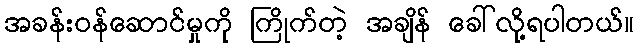
အခန်းဝန်ဆောင်မှုကို ကြိုက်တဲ့ အချိန် ခေါ်လို့ရပါတယ်။